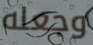
وجعله